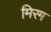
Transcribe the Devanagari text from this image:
मिरग